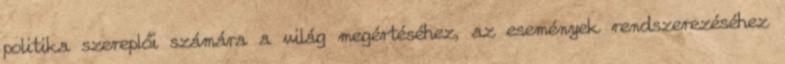
politika szereplői számára a világ megértéséhez, az események rendszerezéséhez